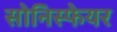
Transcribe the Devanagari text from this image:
सोनिस्फेयर